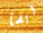
ايضآ